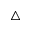
\bigtriangleup